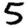
Digit: 5